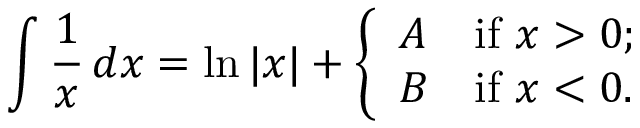
\int { \frac { 1 } { x } } \, d x = \ln | x | + { \left\{ \begin{array} { l l } { A } & { { \mathrm { i f ~ } } x > 0 ; } \\ { B } & { { \mathrm { i f ~ } } x < 0 . } \end{array} \right. }